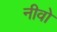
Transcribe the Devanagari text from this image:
नीवो